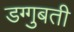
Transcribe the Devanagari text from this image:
डग्गुबती